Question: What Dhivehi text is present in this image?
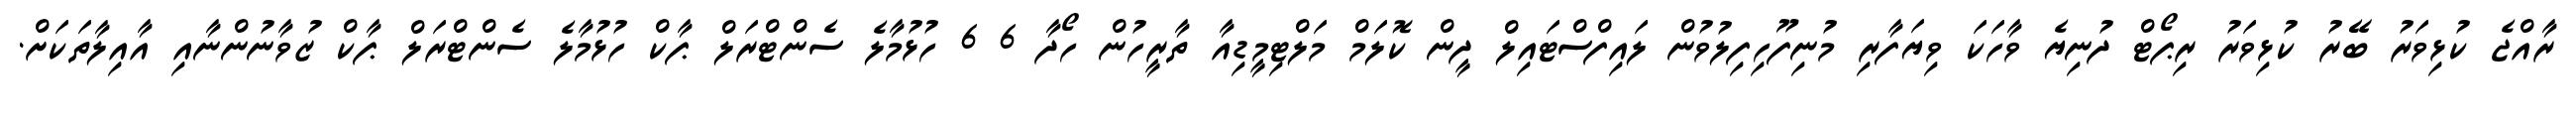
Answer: ރާއްޖެ ކުޅިވަރު ބޭރު ކުޅިވަރު ރިޕޯޓް ދުނިޔެ ވާހަކަ ވިޔަފާރި މުނިފޫހިފިލުވުން ލައިފްސްޓައިލް ދީން ކޮލަމް މަލްޓިމީޑިއާ ތާރީހުން ހޯދާ 6 6 ހުޅުމާލެ ސެންޓްރަލް ޕާކް ހުޅުމާލެ ސެންޓްރަލް ޕާކް ޒުވާނުންނާއި އާއިލާތަކަށް.